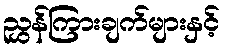
ညွှန်ကြားချက်များနှင့်